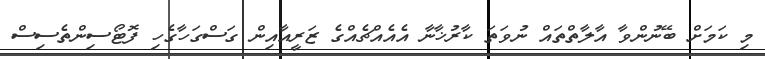
މި ކަމަށް ބޭނުންވާ އާލާތްތައް ނުވަތަ ކާރުޚާނާ އެއެއްޗެއްގެ ޒަރީއާއިން ގަސްގަހާގެހި ފޮޓޯސިންތެސިސް